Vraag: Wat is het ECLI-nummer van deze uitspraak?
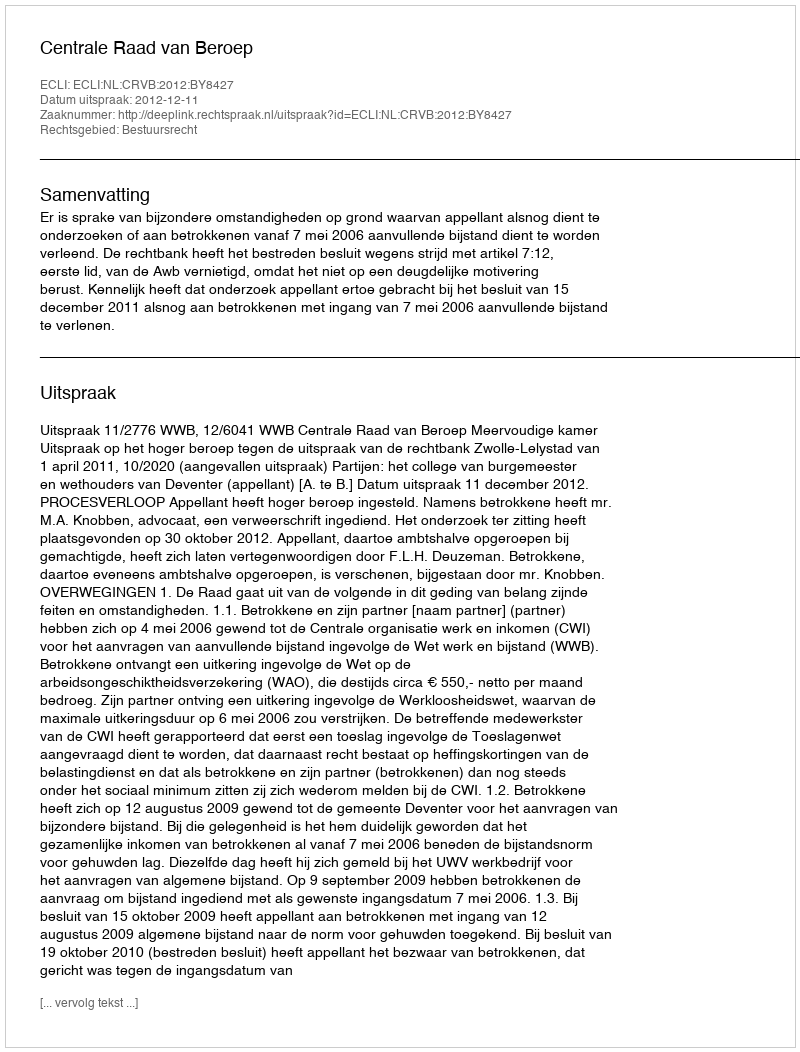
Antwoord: ECLI:NL:CRVB:2012:BY8427